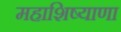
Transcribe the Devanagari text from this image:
महाशिष्याणा